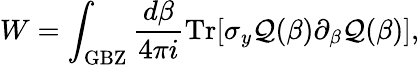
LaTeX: W=\int_{\mathrm{GBZ}}\frac{d\beta}{4\pi i}\mathrm{Tr}[\sigma_{y}{\cal Q}(\beta)\partial_{\beta}{\cal Q}(\beta)],